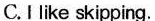
C.I like skipping.